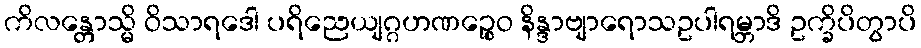
ကိလန္တောသ္မိ ဝိသာရဒေါ ပရိညေယျဂ္ဂဟဏဉ္စေဝ နိန္ဒာဗျာရောသဥပါရမ္ဘာဒိ ဥက္ခိပိတွာပိ